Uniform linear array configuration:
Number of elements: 16
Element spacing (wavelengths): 0.75
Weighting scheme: cosine
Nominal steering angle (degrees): -45
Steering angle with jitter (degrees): -45.859
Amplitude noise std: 0.05
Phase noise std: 0.05

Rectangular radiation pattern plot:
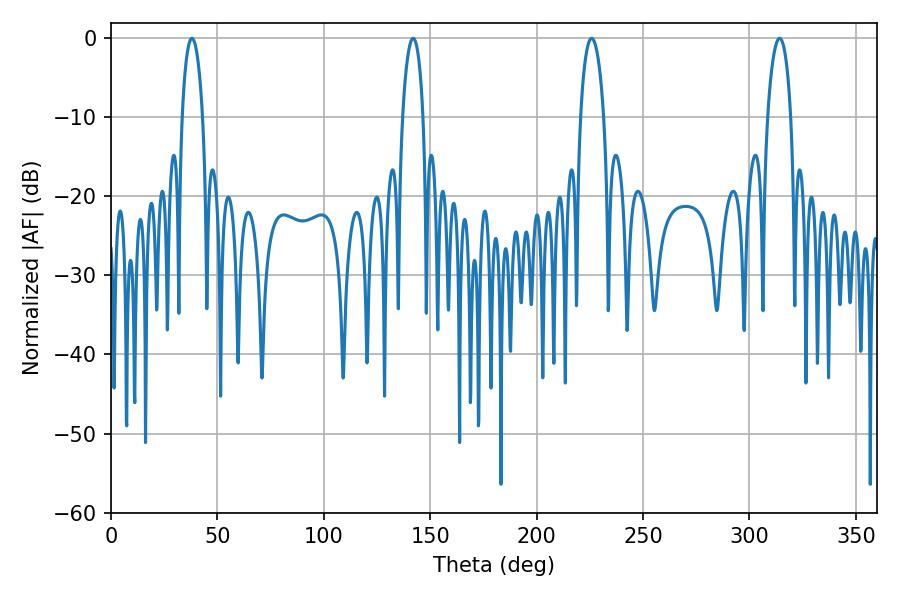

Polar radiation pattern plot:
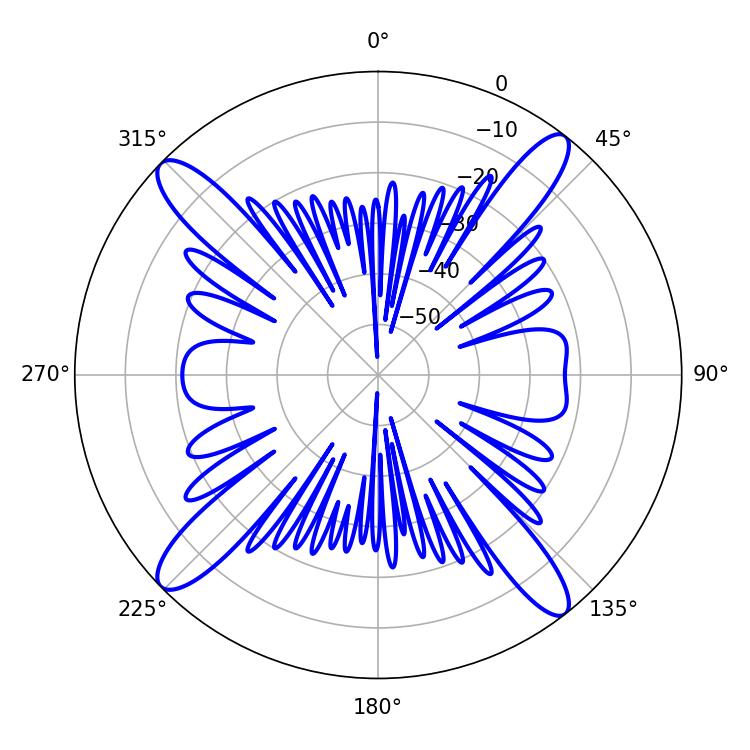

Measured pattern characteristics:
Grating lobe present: TRUE
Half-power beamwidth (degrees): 5.58
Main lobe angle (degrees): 37.98